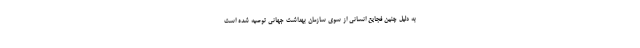
به دلیل چنین فجایع انسانی از سوی سازمان بهداشت جهانی توصیه شده است